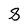
Character: 8